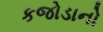
કજોડાનો